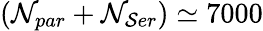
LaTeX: (\mathcal{N}_{par}+\mathcal{N}_{\mathcal{S}er})\simeq7000